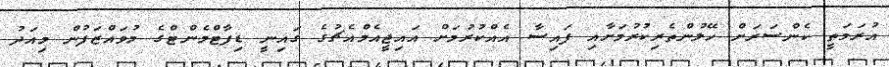
އުރަމަތީ ކެންސަރަށް ހޭލުންތެރިކުރުމަށާއި ފައިސާ އެއްކުރުމަށް އައިޖީއެމްއެޗުގެ ގައިނީ ޑިޕާޓްމެންޓްގެ މުވައްޒަފުން މިއަދު